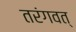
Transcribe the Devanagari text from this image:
तरंगवत्